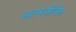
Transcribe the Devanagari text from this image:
अल्पजीवित